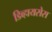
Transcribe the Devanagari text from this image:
डिव्हायसेस